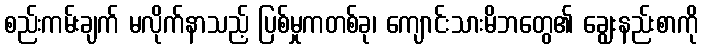
စည်းကမ်းချက် မလိုက်နာသည့် ပြစ်မှုကတစ်ခု၊ ကျောင်းသားမိဘတွေ၏ ချွေးနည်းစာကို